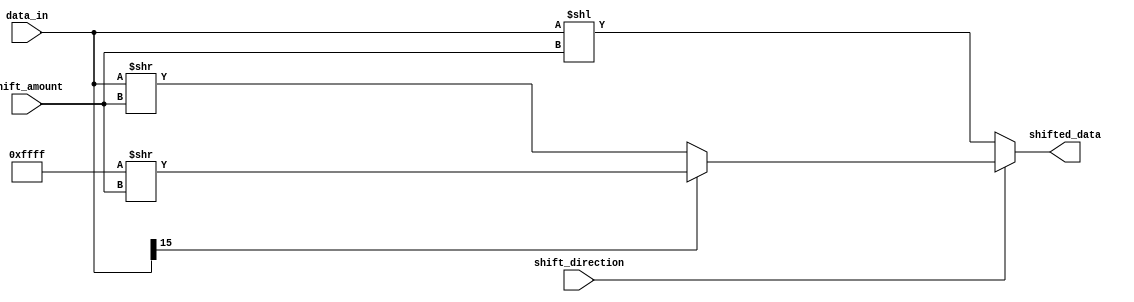
module barrel_shifter (
    input [15:0] data_in,
    input [3:0] shift_amount,
    input shift_direction,
    output [15:0] shifted_data
);

reg [15:0] shifted_data;

always @(*) begin
    if (shift_direction) begin // right shift
        if (data_in[15] == 1) begin
            shifted_data = {16{1'b1}} >> shift_amount;
        end else begin
            shifted_data = data_in >> shift_amount;
        end
    end else begin // left shift
        shifted_data = data_in << shift_amount;
    end
end

endmodule